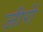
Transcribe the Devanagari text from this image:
जीरों